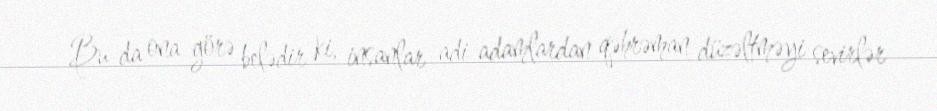
Bu da ona görə belədir ki, insanlar adi adamlardan qəhrəman düzəltməyi sevirlər